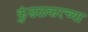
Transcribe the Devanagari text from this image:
कुंडलकरच्या